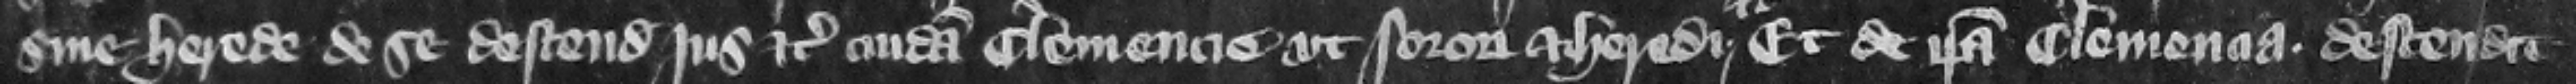
sine herede de se descendit jus etc. cuidam Clemencie vt sorori et heredi etc. et de ipsa Clemencia descendit